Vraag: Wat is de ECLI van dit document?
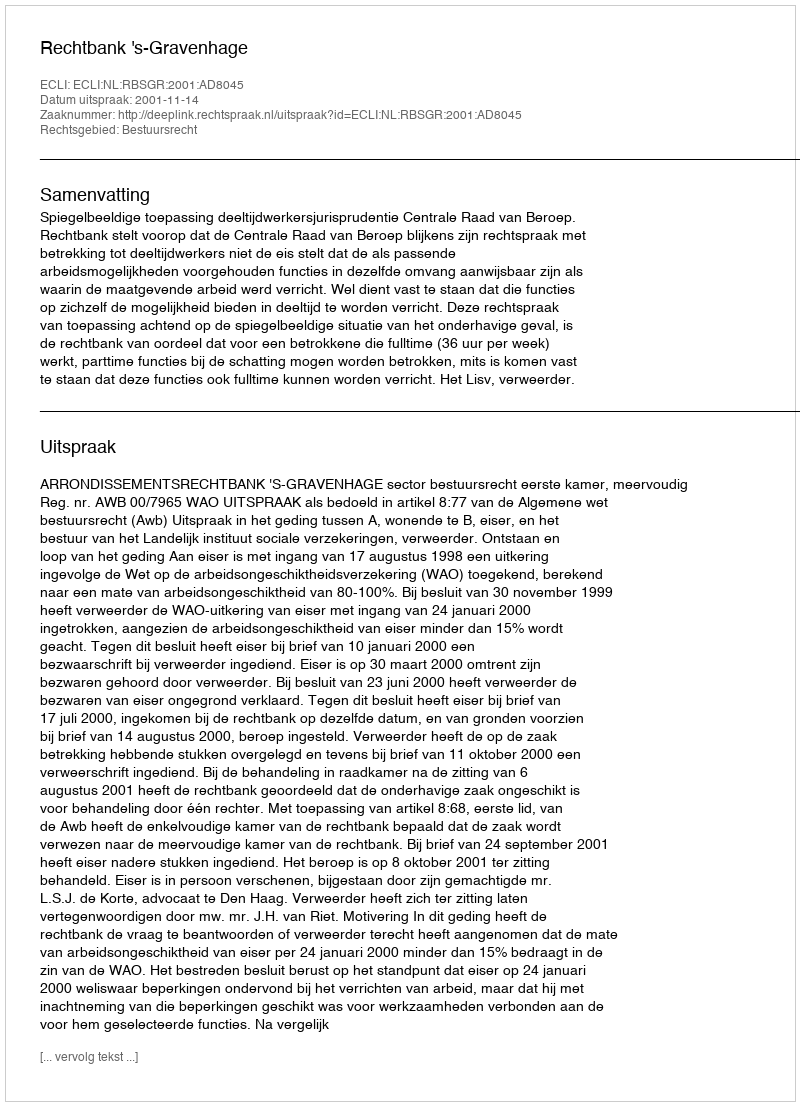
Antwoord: ECLI:NL:RBSGR:2001:AD8045